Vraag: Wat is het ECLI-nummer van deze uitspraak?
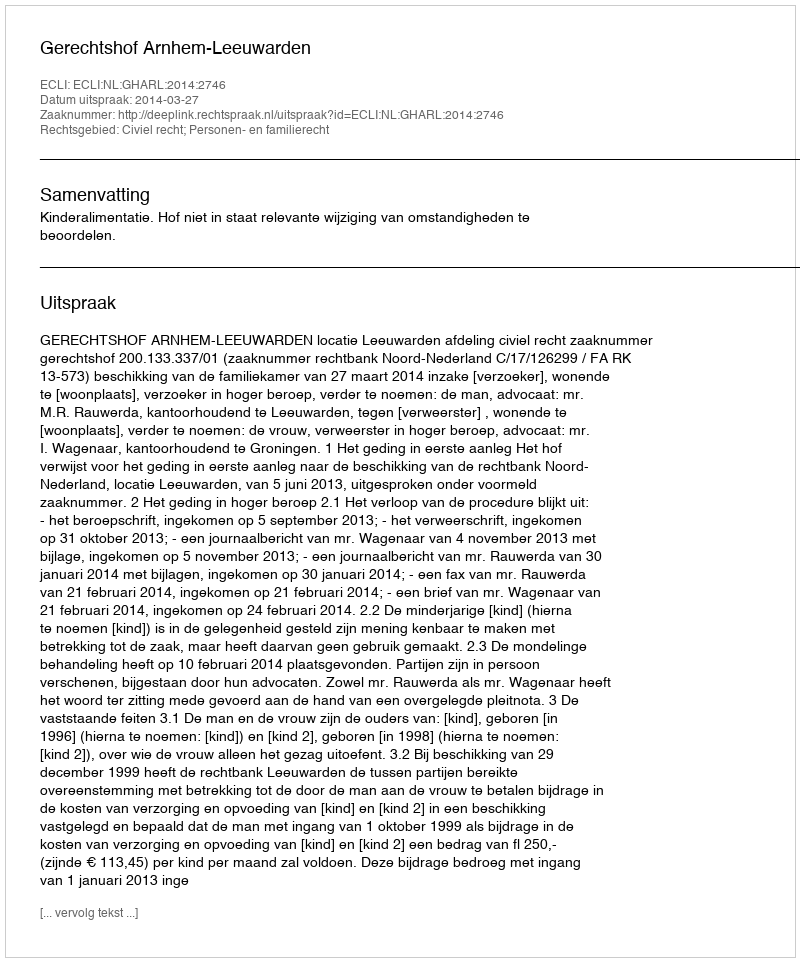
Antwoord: ECLI:NL:GHARL:2014:2746